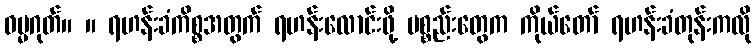
ဓမ္မဂုတ်။ ။ ရဟန်းခံကိစ္စအတွက် ရဟန်းလောင်းဖို့ ပစ္စည်းတွေက ကိုယ်တော် ရဟန်းခံတုန်းကလို